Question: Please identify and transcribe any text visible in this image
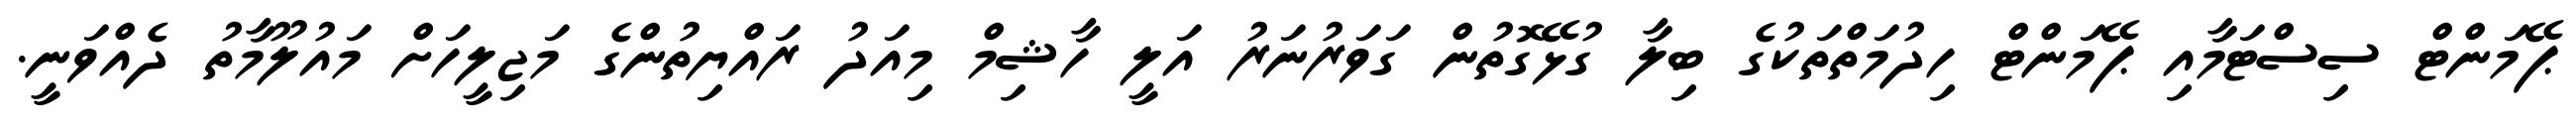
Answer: ޕޭމަންޓް ސިސްޓަމާއި ޕޭމަންޓް ހިދުމަތްތަކުގެ ބިލާ ގުޅޭގޮތުން ގަވަރުނަރު އަލީ ހާޝިމް މިއަދު ރައްޔިތުންގެ މަޖިލީހަށް މައުލޫމާތު ދެއްވަނީ.